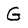
Character: G